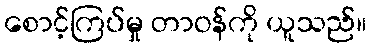
စောင့်ကြပ်မှု တာဝန်ကို ယူသည်။